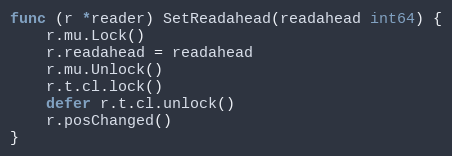
Language: Go
func (r *reader) SetReadahead(readahead int64) {
	r.mu.Lock()
	r.readahead = readahead
	r.mu.Unlock()
	r.t.cl.lock()
	defer r.t.cl.unlock()
	r.posChanged()
}